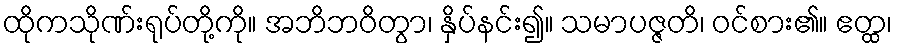
ထိုကသိုဏ်းရုပ်တို့ကို။ အဘိဘဝိတွာ၊ နှိပ်နင်း၍။ သမာပဇ္ဇတိ၊ ဝင်စား၏။ ဧတ္ထ၊